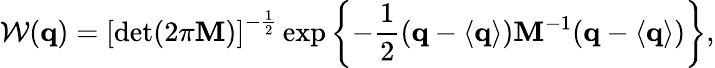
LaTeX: {\cal W}({\mathbf q})=\left[\operatorname*{det}(2\pi{\mathbf M})\right]^{-\frac 12}\exp\left\{ -\frac 12({\mathbf q}-\langle{\mathbf q}\rangle){\mathbf M}^{-1}({\mathbf q}-\langle{\mathbf q}\rangle)\right\} ,